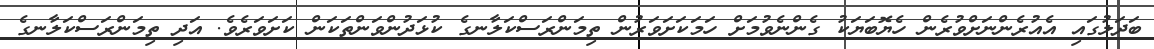
ބަދަލުގައި އެއުރެންނަށްވުރެން ހެޔޮބަޔަކު ގެންނެވުމަށް ހަމަކަށަވަރުން ތިމަންރަސްކަލާނގެ ކުޅަދުންވަންތަކަން ކަށަވަރެވެ. އަދި ތިމަންރަސްކަލާނގެ